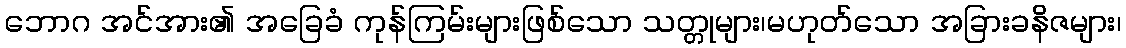
ဘောဂ အင်အား၏ အခြေခံ ကုန်ကြမ်းများဖြစ်သော သတ္တုများ၊မဟုတ်သော အခြားခနိဇများ၊